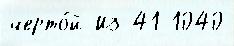
черто́й Из 41 1040